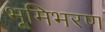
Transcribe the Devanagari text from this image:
भूमिभरण